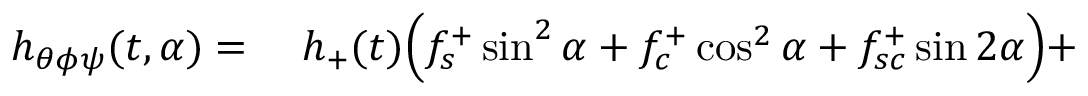
\begin{array} { r l } { h _ { \theta \phi \psi } ( t , \alpha ) = { } } & { { } h _ { + } ( t ) \Bigl ( f _ { s } ^ { + } \sin ^ { 2 } { \alpha } + f _ { c } ^ { + } \cos ^ { 2 } { \alpha } + f _ { s c } ^ { + } \sin { 2 \alpha } \Bigr ) + } \end{array}